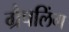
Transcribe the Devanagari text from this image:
ग्रैपलिंग